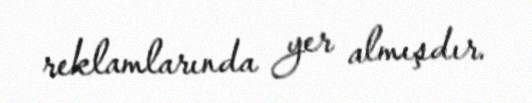
reklamlarında yer almışdır.